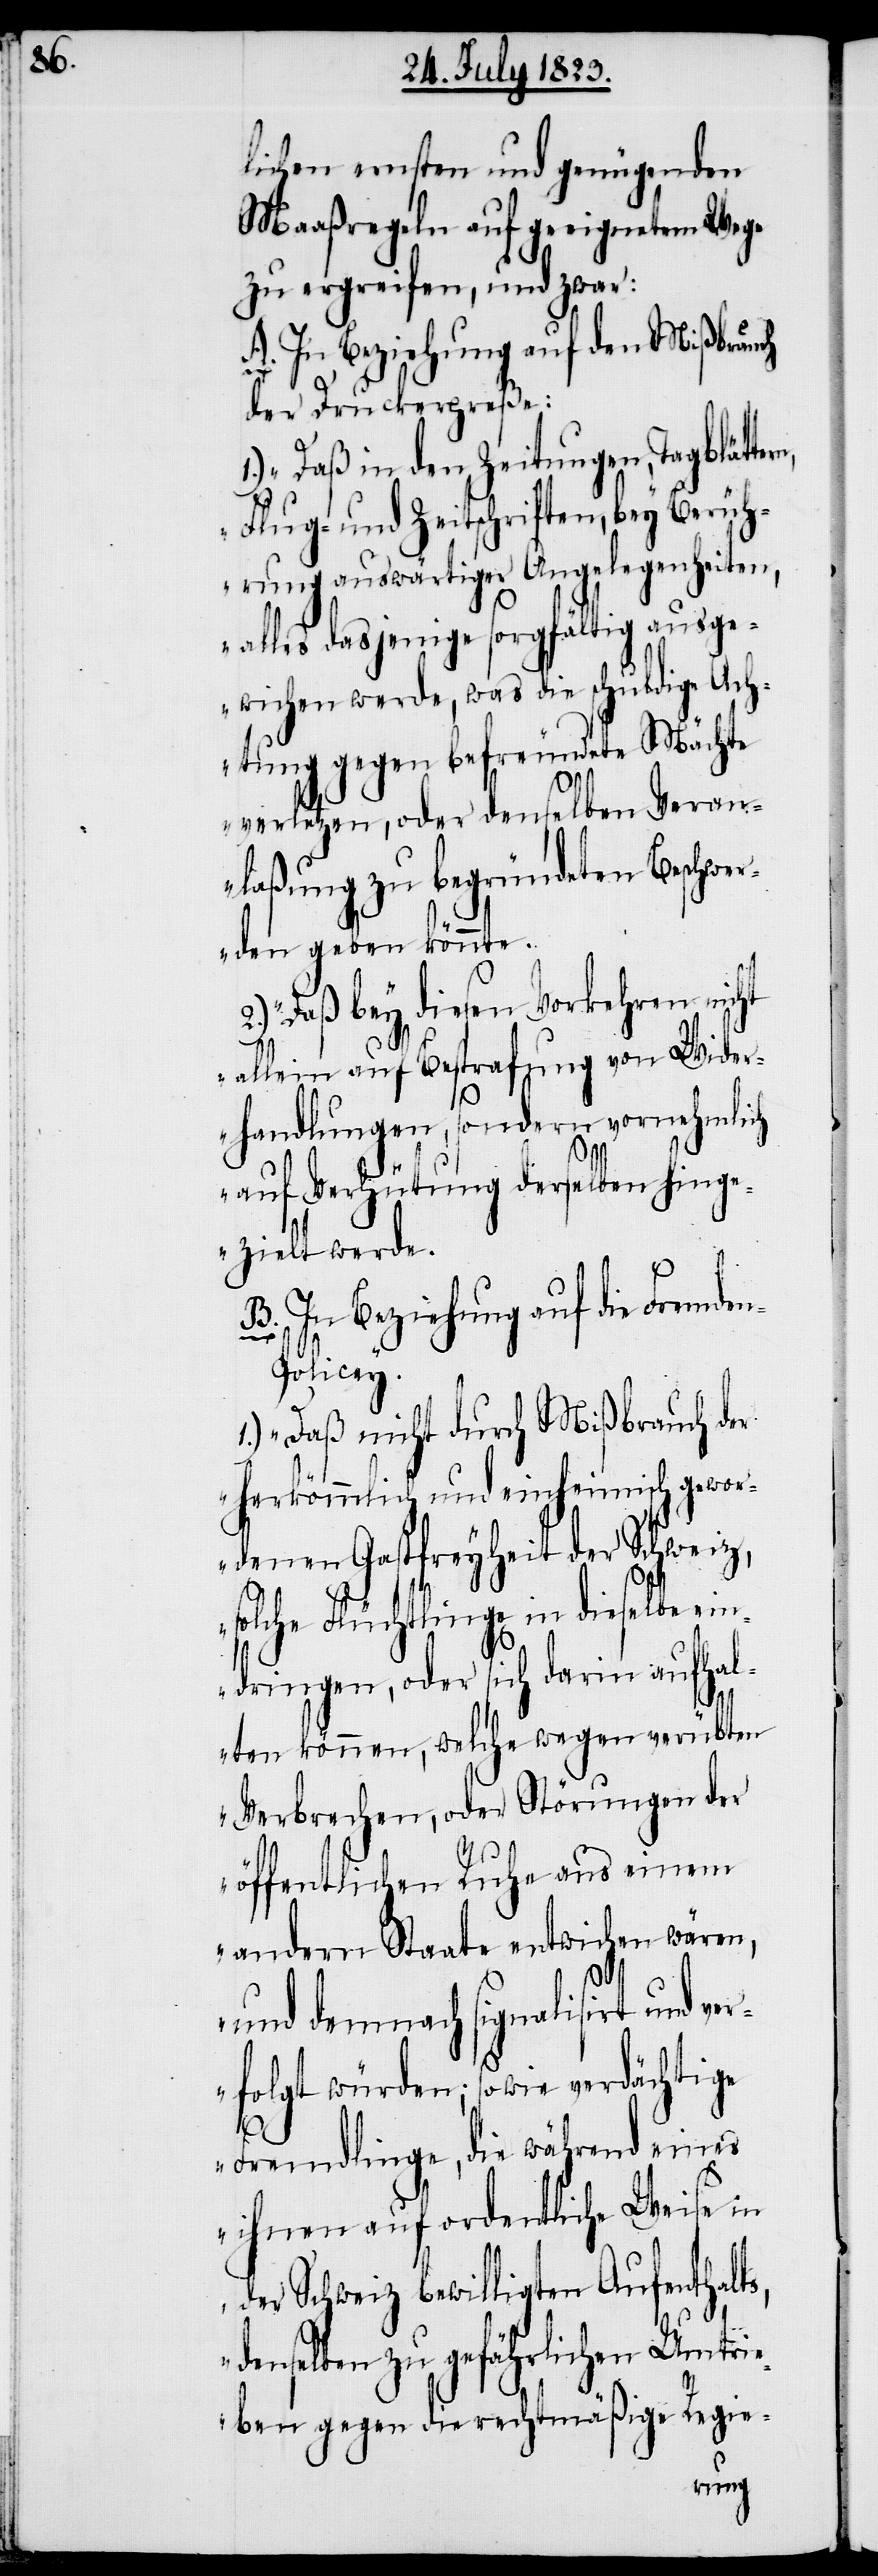
lichen ernsten und genügenden
Maaßregeln auf geeignetem Wege
zu ergreifen, und zwar:
A. In Beziehung auf den Mißbrauch
der Druckerpreße:
1.) „Daß in den Zeitungen, Tagblätte¬
Flug- und Zeitschriften, bey Berüh¬
rung auswärtiger Angelegenheiten,
alles dasjenige sorgfältig ausge¬
wichen werde, was die schuldige Ach¬
tung gegen befreundete Mächte
verletzen, oder denselben Veran¬
laßung zu begründeten Beschwer¬
den geben könnte.[“]
„Daß bey diesen Vorkehren nicht
allein auf Bestrafung von Wider¬
handlungen, sondern vornehmlich
auf Verhütung derselben hing¬
ezielt werde.[“]
B. In Beziehung auf die Fremde¬
n-Policey.
1.) „Daß nicht durch Mißbrauch der
herkömmlich und einheimisch gewor¬
denen Gastfreyheit der Schweiz,
solche Flüchtlinge in dieselbe ein¬
dringen, oder sich darin aufhal¬
ten können, welche wegen verübten
Verbrechen, oder Störungen der
öffentlichen Ruhe aus einem
andern Staate entwichen wären,
und demnach signalisirt und v¬
erfolgt würden; sowie verdächtige
d¬
Fremdlinge, die während eines
ihnen auf ordentliche Weise in
der Schweiz bewilligten Aufenthalts,
enselben zu gefährlichen Umtri¬
eben gegen die rechtmäßige Regie-
rn,